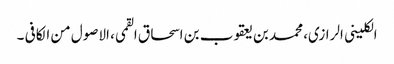
الکلینی الرازی، محمد بن یعقوب بن اسحاق القمی، الاصول من الکافی ۔